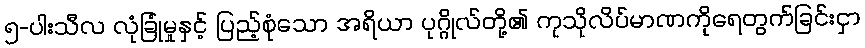
၅-ပါးသီလ လုံခြုံမှုနှင့် ပြည့်စုံသော အရိယာ ပုဂ္ဂိုလ်တို့၏ ကုသိုလိပ်မာဏကိုရေတွက်ခြင်းငှာ